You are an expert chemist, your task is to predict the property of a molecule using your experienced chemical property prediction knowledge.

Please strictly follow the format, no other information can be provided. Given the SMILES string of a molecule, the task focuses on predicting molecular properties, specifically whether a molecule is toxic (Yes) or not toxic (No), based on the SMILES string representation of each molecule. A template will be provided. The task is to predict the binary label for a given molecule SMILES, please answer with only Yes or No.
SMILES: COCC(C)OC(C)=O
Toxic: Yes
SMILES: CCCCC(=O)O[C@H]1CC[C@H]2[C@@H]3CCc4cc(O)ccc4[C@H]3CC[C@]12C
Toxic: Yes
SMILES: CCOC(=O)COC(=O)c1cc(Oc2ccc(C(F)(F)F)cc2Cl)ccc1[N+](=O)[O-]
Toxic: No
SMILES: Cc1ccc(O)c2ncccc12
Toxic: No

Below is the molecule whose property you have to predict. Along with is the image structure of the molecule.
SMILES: COc1ccc(CN(CCN(C)C)c2ccccn2)cc1
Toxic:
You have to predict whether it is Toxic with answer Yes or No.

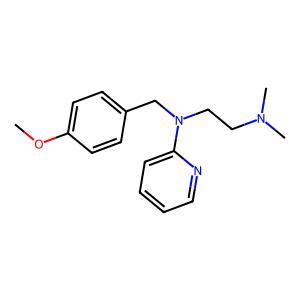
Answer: No